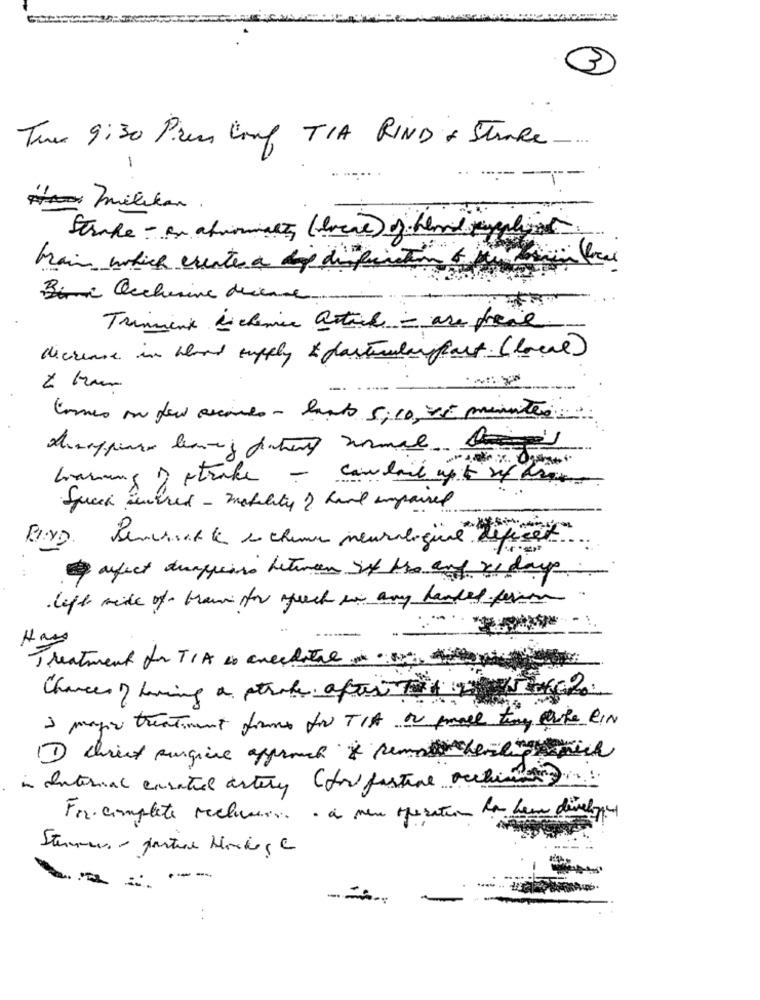
3
Twee 9:30 Pires Long TIA RIND + STORE.
-
Strake - Br atromaths (local) of blod split
brain which creates a top difin
Banc Occhisine deine.
Trimment is chemie article = are freie
decrease in word supply & particular fact. ( local)
Comes on few acciones - lasts 5;10, 25 minutes.
Warming ) stroke - candail up to hehe
Speech auchred - motility ? hand impaired
Pennette e cheme neuraligüre défices
afect duappears betwen of the and re days
left side of them for speech in any handed person
Have
Treatment for TIA so anecdote
Chances of having a stroke after 2
1 mayor treatment forme for TIA or email time carte eIN
in Internal casated artery (for fastine occhi
Fra·complete reclusione - à neu operation la deux dévelope
Stemmers - partire Herkes C
--
--
..